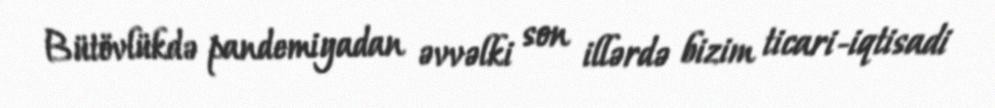
Bütövlükdə pandemiyadan əvvəlki son illərdə bizim ticari-iqtisadi